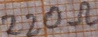
Text: 220Ω